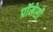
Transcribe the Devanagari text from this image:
प्रॉमेसी